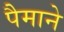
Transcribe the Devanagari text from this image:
पैेमाने